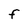
Character: F